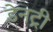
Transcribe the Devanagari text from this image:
डेनट्री